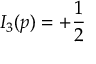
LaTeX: I _ { 3 } ( p ) = + { \frac { 1 } { 2 } }